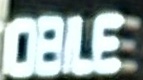
oBILE